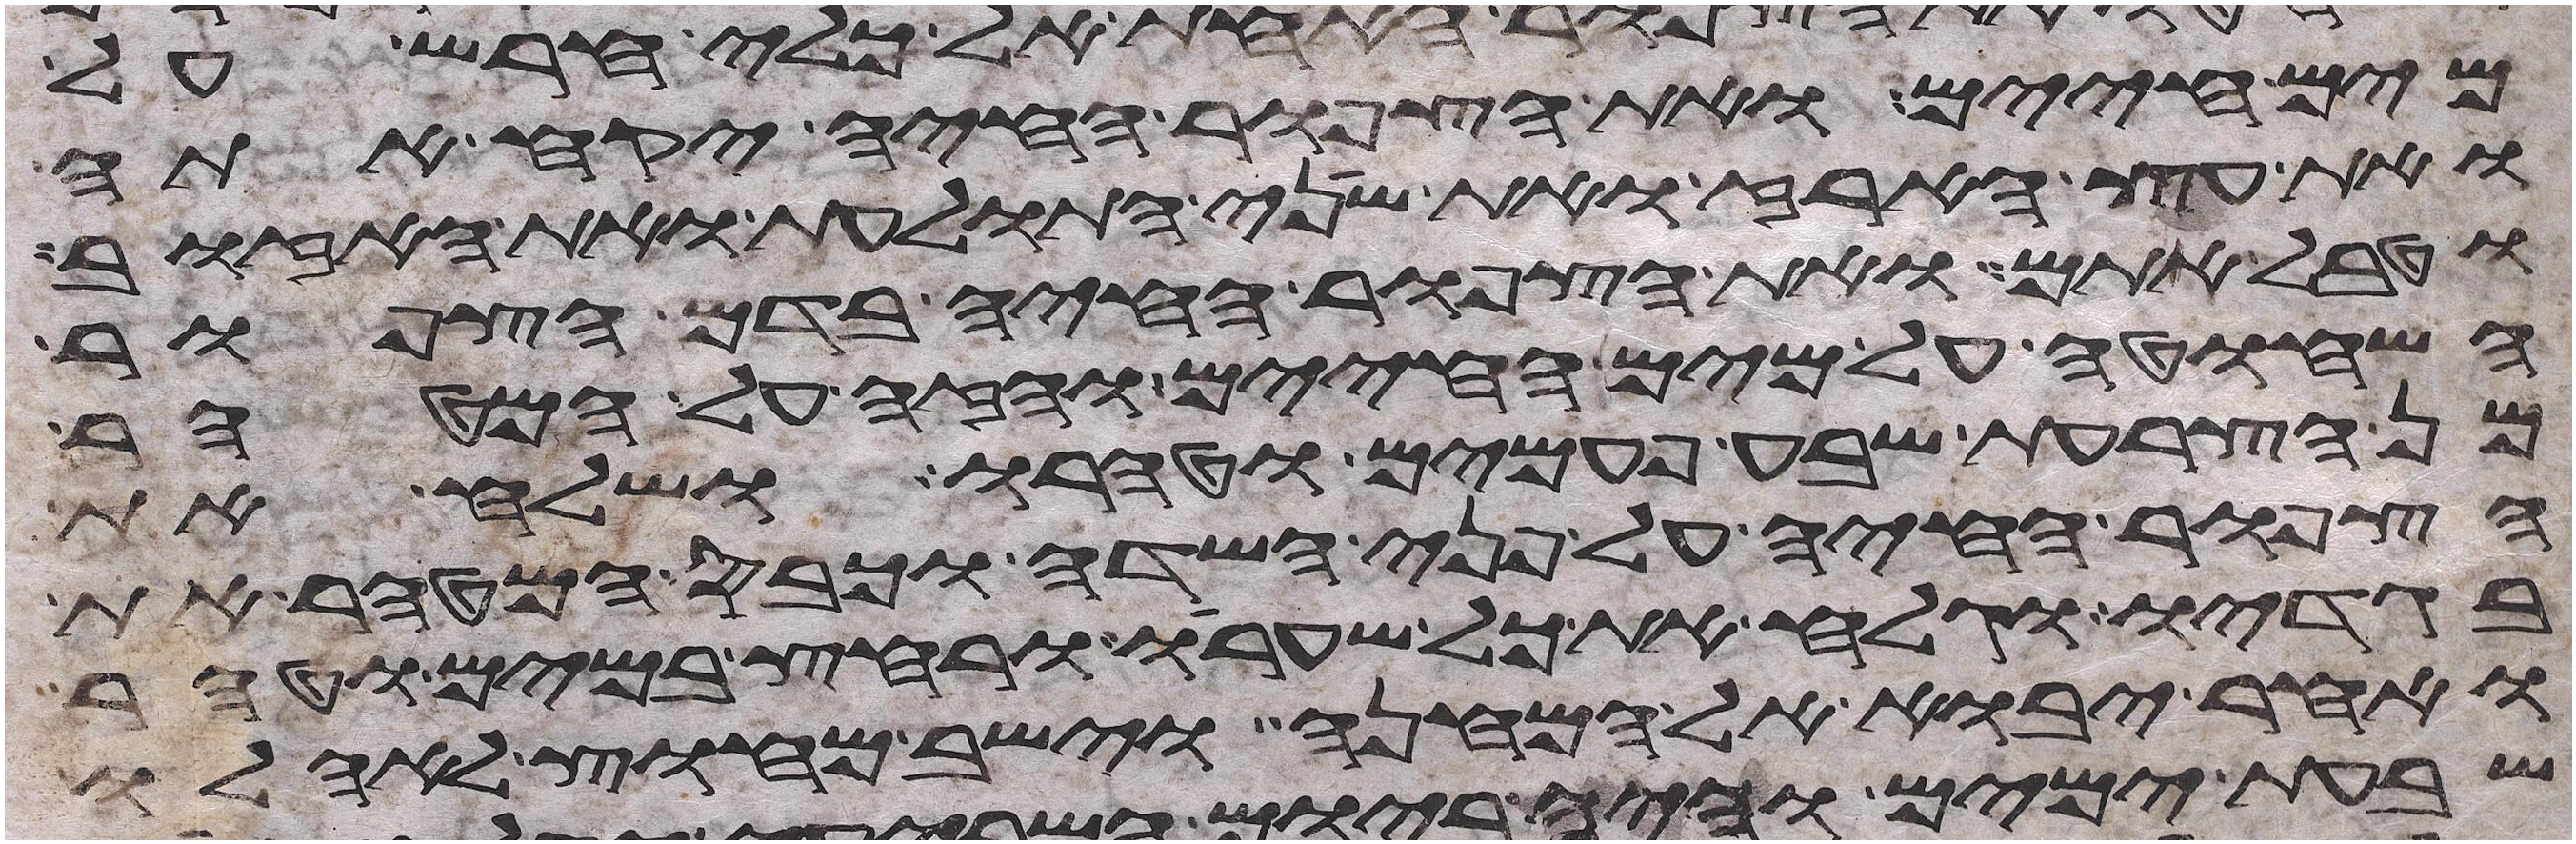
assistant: מים חיים ואת הצפור החיה יקח אתה
ואת עץ הארז ואת שני התולעת ואת האזוב
וטבל אתם ואת הצפור החיה בדם הצפור
השחוטה על מים החיים והזה על המטהר
מן הצרעת שבע פעמים וטהרו ושלח את
הצפור החיה על פני השדה וכבס המטהר את
בגדיו וגלח את כל שערו ורחץ במים וטהר
ואחר יבוא אל המחנה וישב מחוץ לאהלו